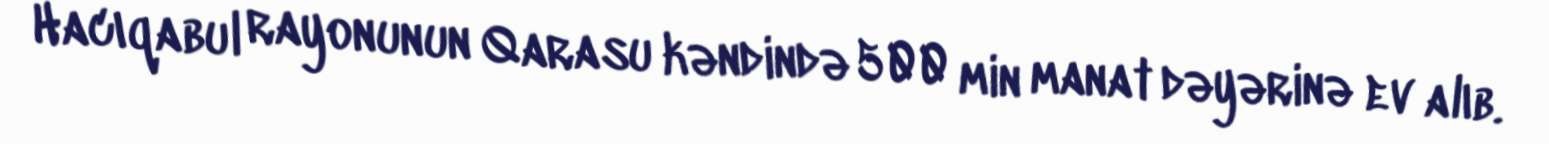
Hacıqabul rayonunun Qarasu kəndində 500 min manat dəyərinə ev alıb.